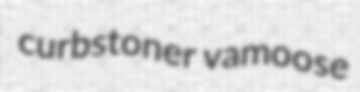
curbstoner vamoose